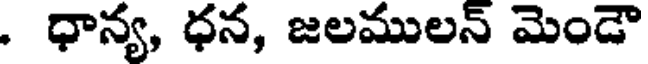
. ధాన్య, ధన, జలములన్ మెండౌ